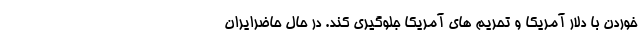
خوردن با دلار آمریكا و تحریم های آمریكا جلوگیری كند. در حال حاضرایران